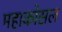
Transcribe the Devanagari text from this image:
महाकोसल